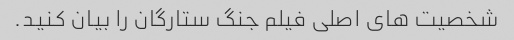
شخصیت های اصلی فیلم جنگ ستارگان را بیان کنید.